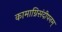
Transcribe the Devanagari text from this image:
कामाग्निसंदीपनम्